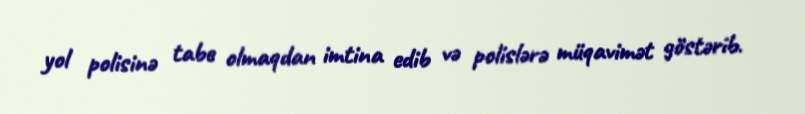
yol polisinə tabe olmaqdan imtina edib və polislərə müqavimət göstərib.